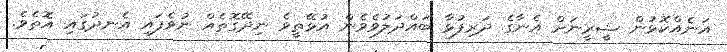
އަނެއްކޮޅުން ޝީރީނަށް އެނާގެ ދަރިފުޅާ ބައްދަލުވެވެން އުޅޭތީވެ ނިދޭގޮތެއް ނުވެފައި އެނދުގައި އޮތެވެ.